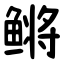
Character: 鳉